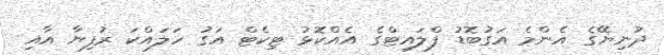
ދުނިޔޭގެ އެންމެ އަގުބޮޑު ފްލައިޓްގެ އެއްކޮޅު ޓިކެޓް އަގު ހަލައްކަ ރުފިޔާ އާއި